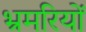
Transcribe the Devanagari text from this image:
भ्रमरियों